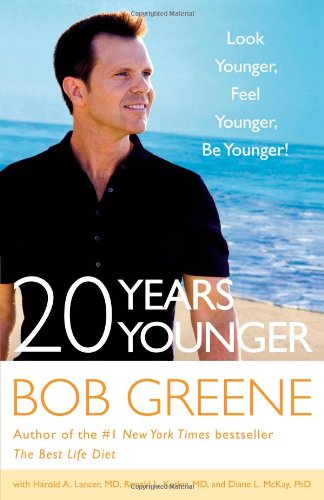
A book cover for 20 Years Younger: Look Younger, Feel Younger, Be Younger!; Bob Greene; Health, Fitness & Dieting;